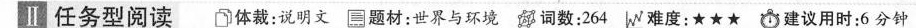
Ⅱ 任务型阅读 体裁:说明文 题材:世界与环境 词数:264 W难度:★★★ 建议用时;6 分钟